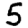
Digit: 5